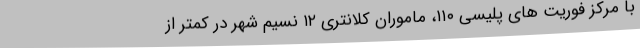
با مرکز فوریت های پلیسی ۱۱۰، ماموران کلانتری ۱۲ نسیم شهر در کمتر از